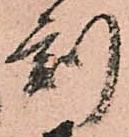
刻